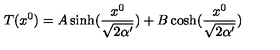
T ( x ^ { 0 } ) = A \sinh ( \frac { x ^ { 0 } } { \sqrt { 2 \alpha ^ { \prime } } } ) + B \cosh ( \frac { x ^ { 0 } } { \sqrt { 2 \alpha ^ { \prime } } } )